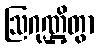
ဩဂုဏ္ဌိတွာ